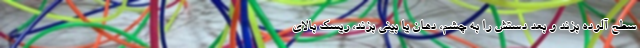
سطح آلوده بزند و بعد دستش را به چشم، دهان یا بینی بزند، ریسک بالای